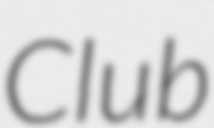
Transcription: Club